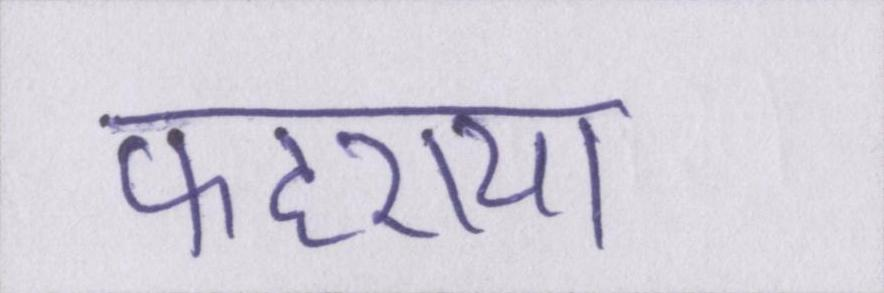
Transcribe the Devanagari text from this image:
फहराया